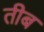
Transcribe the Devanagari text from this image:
तीब